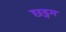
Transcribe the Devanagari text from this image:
छद्नम